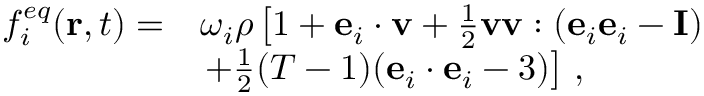
\begin{array} { r l } { f _ { i } ^ { e q } ( \mathbf { r } , t ) = } & { \omega _ { i } \rho \left[ 1 + \mathbf { e } _ { i } \cdot \mathbf { v } + \frac { 1 } { 2 } \mathbf { v } \mathbf { v } : ( \mathbf { e } _ { i } \mathbf { e } _ { i } - \mathbf { I } ) \right. } \\ & { \left. + \frac { 1 } { 2 } ( T - 1 ) ( \mathbf { e } _ { i } \cdot \mathbf { e } _ { i } - 3 ) \right] \, , } \end{array}